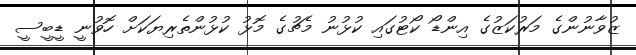
ޒުވާނުންގެ މަރުކަޒުގެ އިންޑޯ ކޯޓުގައި ކުޅުނު މެޗުގެ މޮޅު ކުޅުންތެރިޔަކަށް ހޮވުނީ ޑީބީސީ